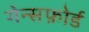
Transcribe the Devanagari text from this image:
गेन्सफ़ोर्ड